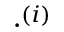
\cdot ^ { ( i ) }